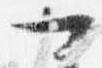
可